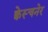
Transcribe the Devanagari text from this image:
क्वेस्चनेर